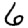
Digit: 6